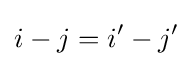
i-j=i'-j'